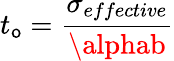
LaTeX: t_{\mathsf{o}}=\frac{{\sigma_{effective}}}{{\alphab}}